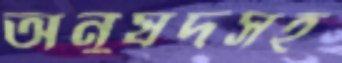
অনুষদসহ